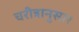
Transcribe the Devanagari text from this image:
चरीत्रानुसार